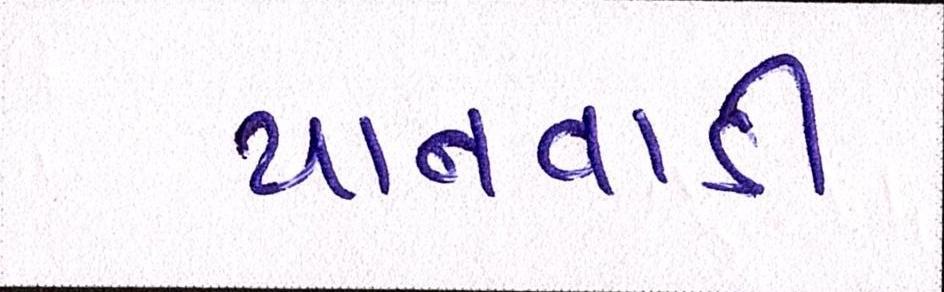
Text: પાનવાડી